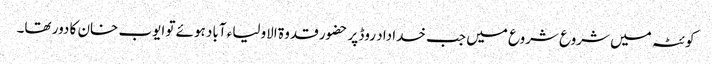
کوئٹہ میں شروع شروع میں جب خدا داد روڈ پر حضور قدوۃ الاولیاء آباد ہوئے تو ایوب خان کا دور تھا۔